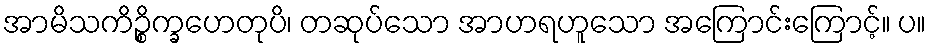
အာမိသကိဉ္စိက္ခဟေတုပိ၊ တဆုပ်သော အာဟရဟူသော အကြောင်းကြောင့်။ ပ။